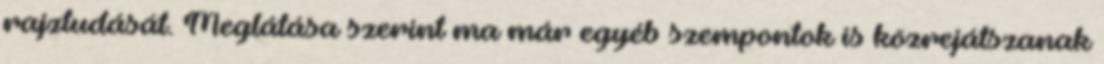
rajztudását. Meglátása szerint ma már egyéb szempontok is közrejátszanak